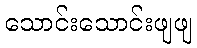
သောင်းသောင်းဖျဖျ